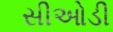
સીઓડી